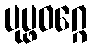
ပုပ္ဖဝဂ္ဂေ